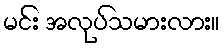
မင်း အလုပ်သမားလား။